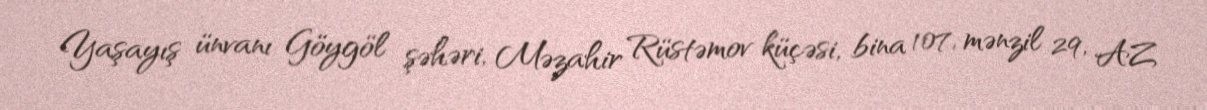
Yaşayış ünvanı Göygöl şəhəri, Məzahir Rüstəmov küçəsi, bina 107, mənzil 29, AZ